Report on the working of the Ranchi Indian Mental Hospital, Kanke, in Bihar and Orissa - 1930-1940
Year: 1930
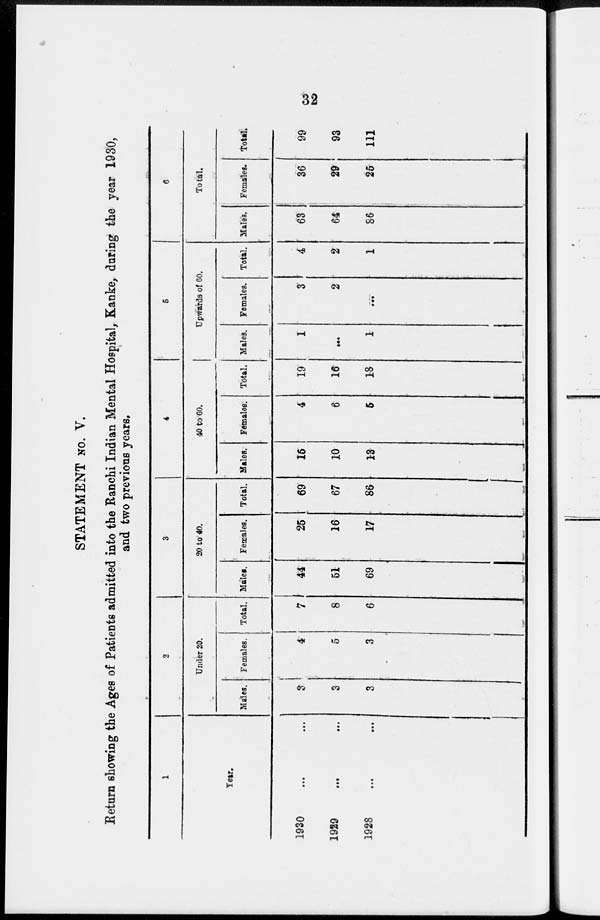
32
STATEMENT No. V.
Return showing the Ages of Patients admitted into the Ranchi Indian Mental Hospital, Kanke, during the year 1930,
and two previous years.
1
Year.
1930
...
...
1929
...
...
1928
...
...
2
Under 20.
Males.
3
3
3
Females.
4
5
3
Total.
7
8
6
3
20 to 40.
Males.
44
51
69
Females.
25
16
17
Total.
69
67
86
4
40 to 60.
Males.
15
10
13
Females.
4
6
5
Total.
19
16
18
5
Upwards of 60.
Males.
1
...
1
Females.
3
2
...
Total.
4
2
1
6
Total.
Males.
63
64
86
Females.
36
29
25
Total.
99
93
111